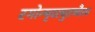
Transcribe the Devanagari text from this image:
रगोन्मृदत्युतच्चैरव